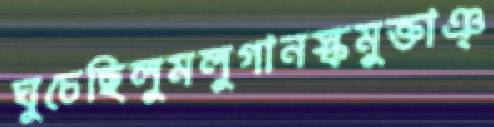
ঘুচেছিলুমলুগানস্কমুক্তাঞ্